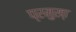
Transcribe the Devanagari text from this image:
प्रमुख्‍ा